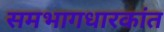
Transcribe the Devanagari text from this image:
समभागधारकांत